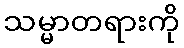
သမ္မာတရားကို